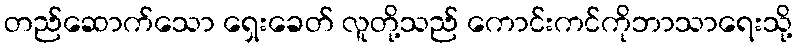
တည်ဆောက်သော ရှေးခေတ် လူတို့သည် ကောင်းကင်ကိုဘာသာရေးသို့